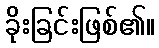
ခိုးခြင်းဖြစ်၏။